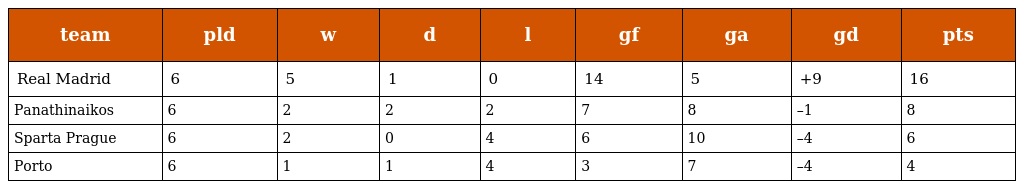
| team | pld | w | d | l | gf | ga | gd | pts |
 | --- | --- | --- | --- | --- | --- | --- | --- | --- |
 | Real Madrid | 6 | 5 | 1 | 0 | 14 | 5 | +9 | 16 |
 | Panathinaikos | 6 | 2 | 2 | 2 | 7 | 8 | –1 | 8 |
 | Sparta Prague | 6 | 2 | 0 | 4 | 6 | 10 | –4 | 6 |
 | Porto | 6 | 1 | 1 | 4 | 3 | 7 | –4 | 4 |